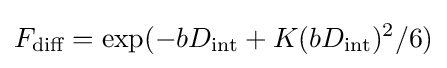
F_{\text{diff}}=\exp(-bD_{\mathrm {int} }+K(bD_{\mathrm {int} })^{2}/6)